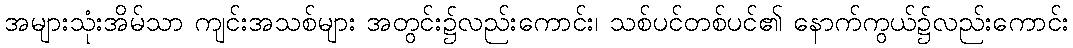
အများသုံးအိမ်သာ ကျင်းအသစ်များ အတွင်း၌လည်းကောင်း၊ သစ်ပင်တစ်ပင်၏ နောက်ကွယ်၌လည်းကောင်း